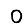
Digit: 0